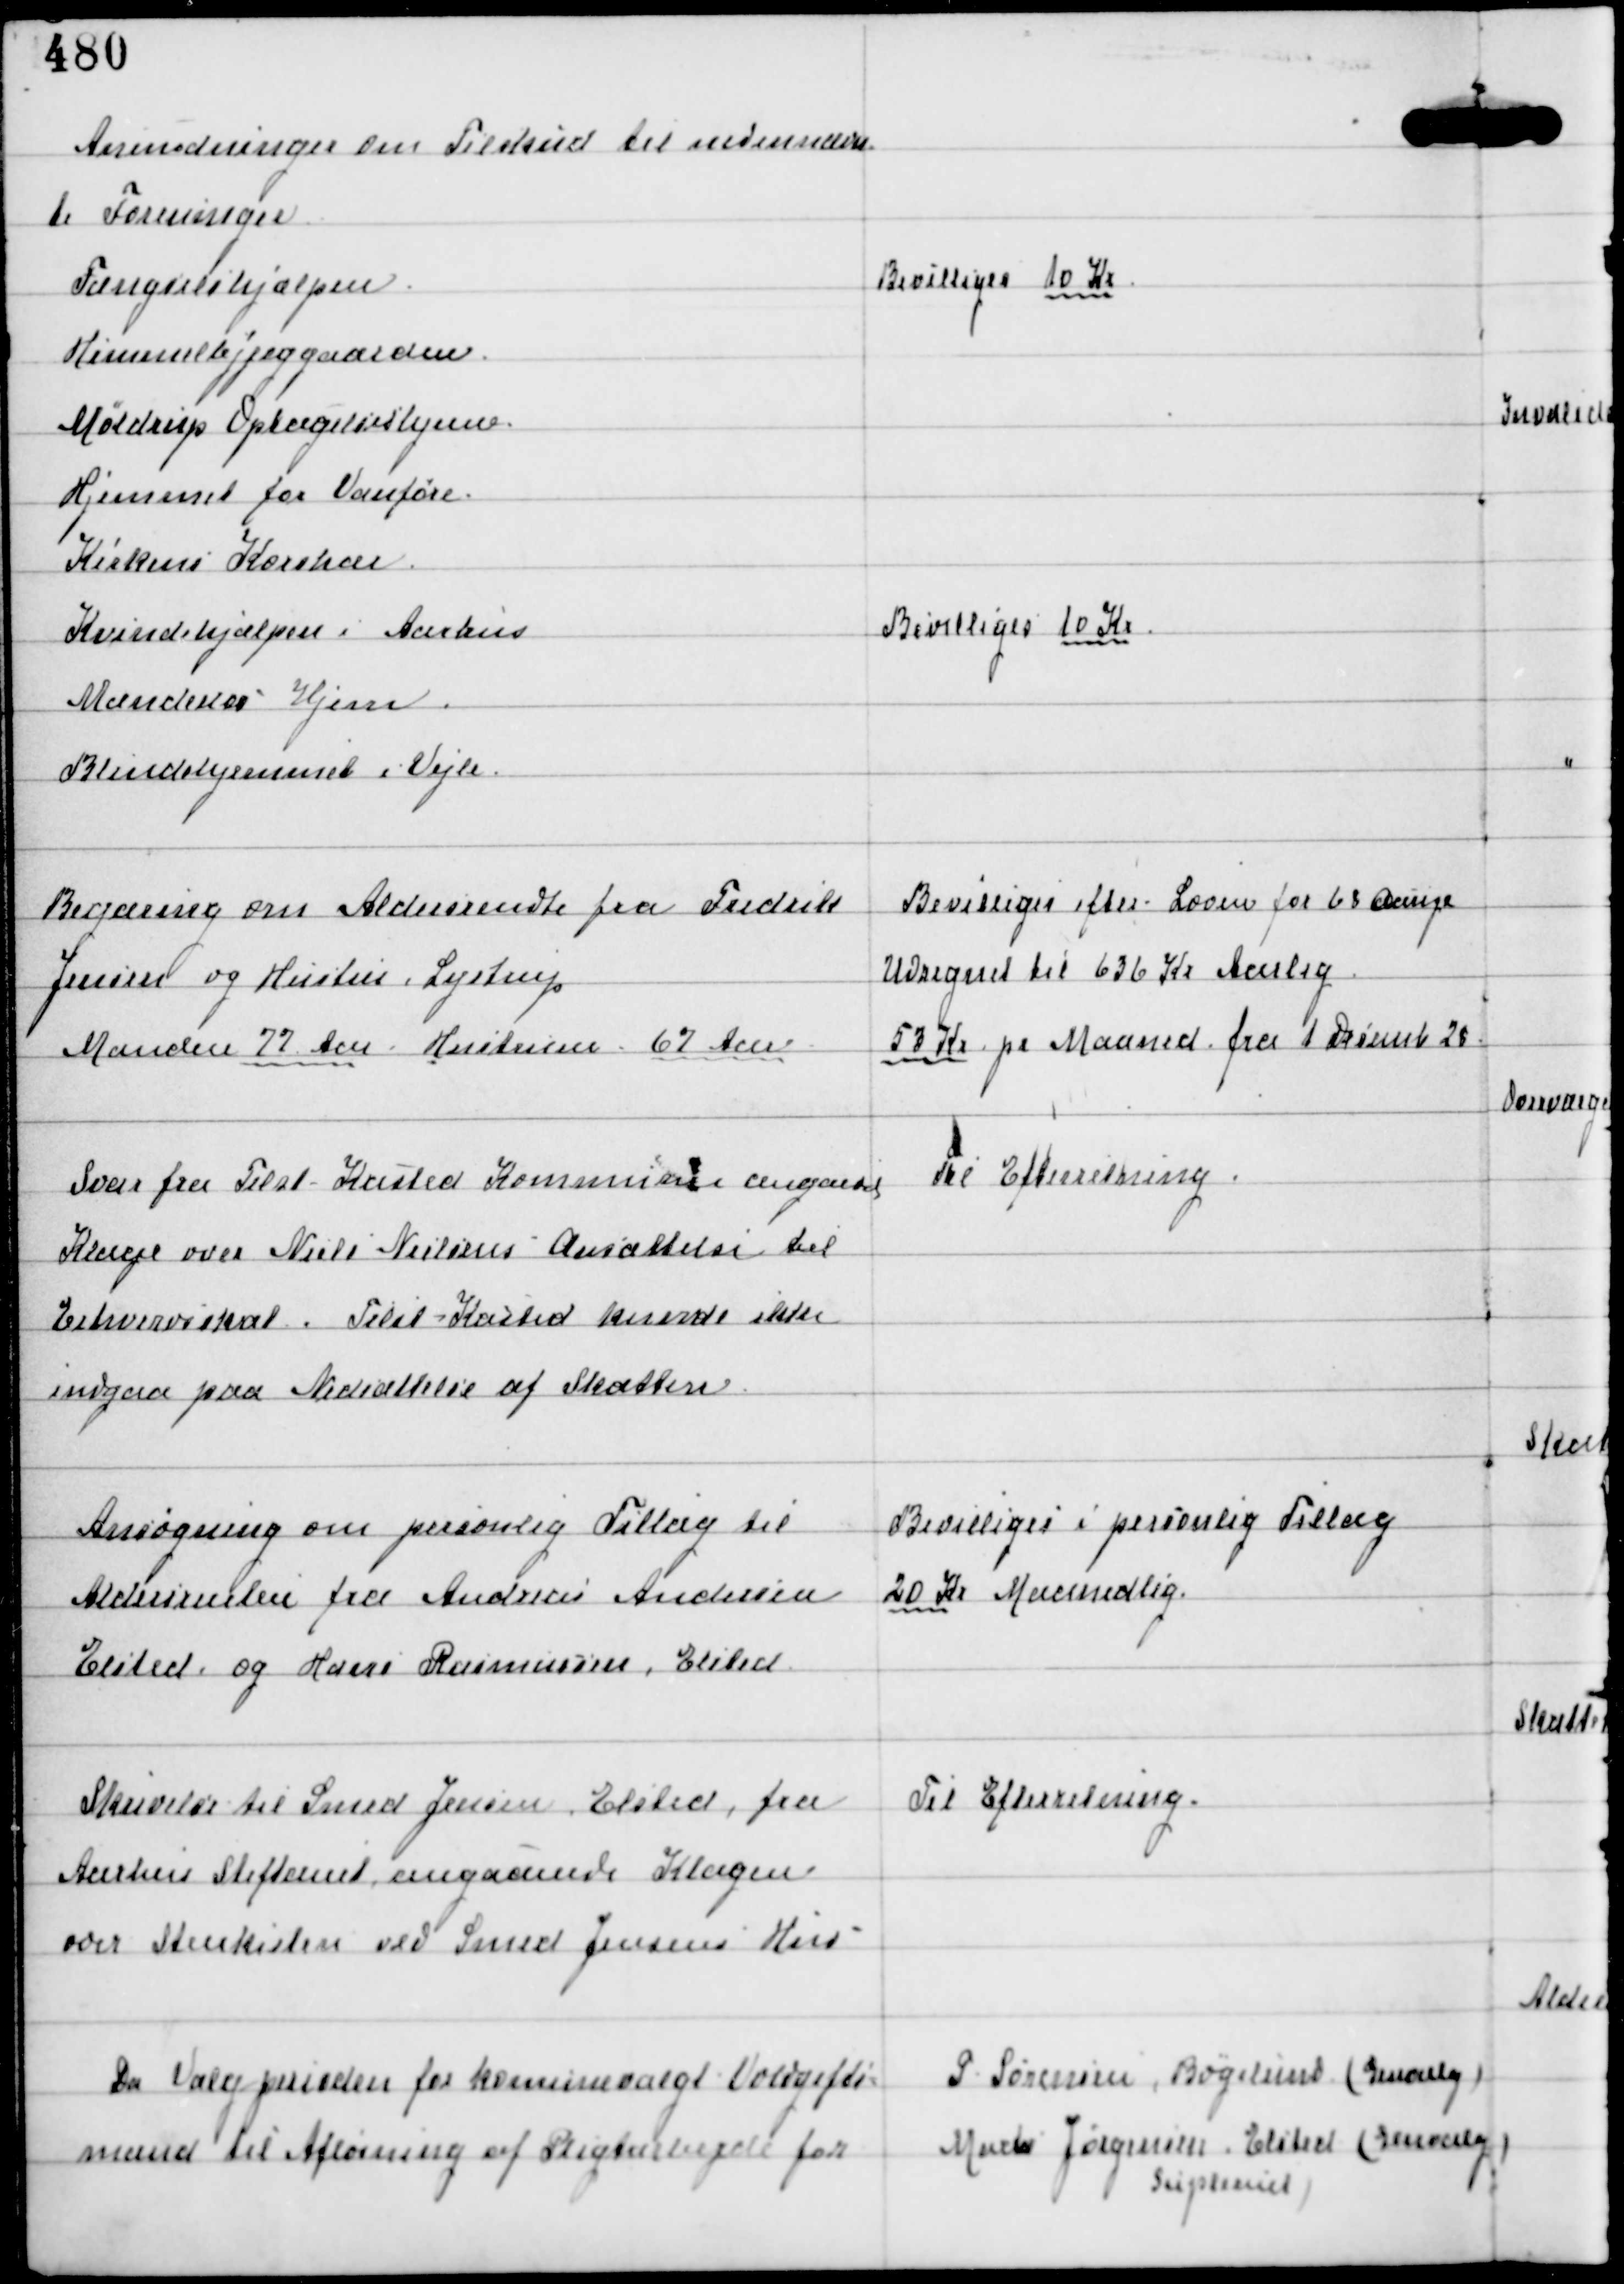
Transskription:
Anmodninger om Tilskud til nedennævn-
te Foreninger

Begæring om Aldersrendte fra Fredrik
Jensen og Hustru, Lystrup
Manden 77 Aar Hustruen 67 Aar

Bevilliges efter Loven for 68 Aarige
Udregnet til 636 Kr Aarlig
53 Kr pr Maaned fra 1 December 28

Svar fra Tilst - Kasted Kommune angaedede
Klage over Niels Nielsens Ansættelse til
Erhvervsskat. Tilst - Kasted kunde ikke
indgaa paa Nedsættelse af Skatten

Til Efterretning.

Ansøgning om personlig Tillæg til
Aldersrenten fra Andreas Andersen
Elsted og Hans Rasmussen, Elsted

Bevilliges i personlig Tillæg
20 Kr Maanedlig

Skrivelse til Smed Jensen Elsted, fra
Aarhus Stiftamt angaaende Klagen
over Stenkisten ved Smed Jensens Hus

Til Efterretning.

Da Valgperioden for komunevalgt Voldgift
mænd til Afløsning af Pligtarbejde for

P Sørensen, Bøgelund (Genvalg)
Murer Jørgensen, Elsted (Genvalg)
Supleant